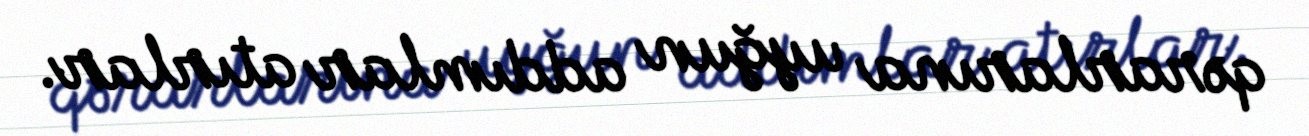
qərarlarına uyğun addımlar atırlar.